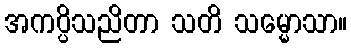
အကပ္ပိသညိတာ သတိ သမ္မောသာ။